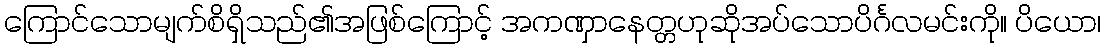
ကြောင်သောမျက်စိရှိသည်၏အဖြစ်ကြောင့် အကဏှာနေတ္တဟုဆိုအပ်သောပိင်္ဂလမင်းကို။ ပိယော၊